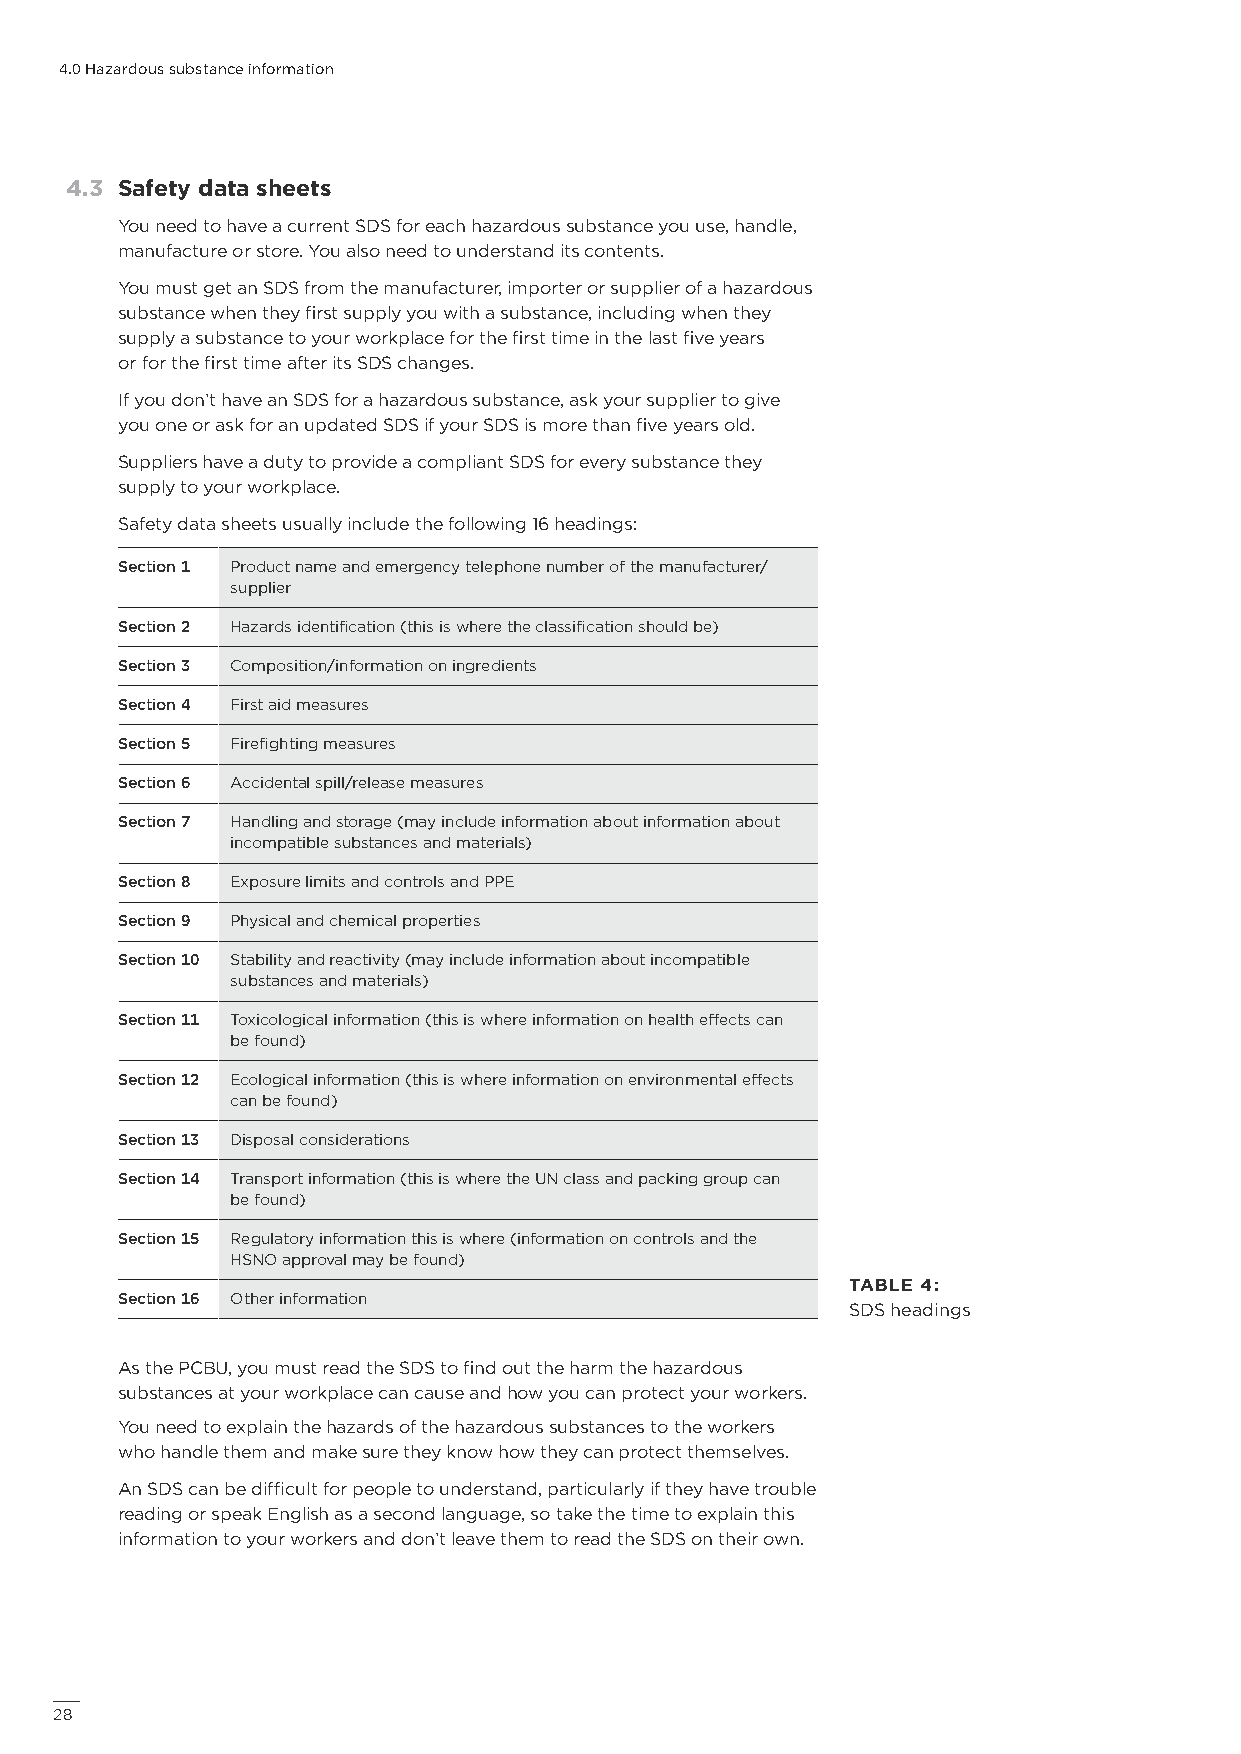
4.0 Hazardous substance information
 4.3 Safety data sheets
 You need to have a current SDS for each hazardous substance you use, handle,
 manufacture or store. You also need to understand its contents.
 You must get an SDS from the manufacturer, importer or supplier of a hazardous
 substance when they first supply you with a substance, including when they
 supply a substance to your workplace for the first time in the last five years
 or for the first time after its SDS changes.
 If you don’t have an SDS for a hazardous substance, ask your supplier to give
 you one or ask for an updated SDS if your SDS is more than five years old.
 Suppliers have a duty to provide a compliant SDS for every substance they
 supply to your workplace.
 Safety data sheets usually include the following 16 headings:
 Section 1 Product name and emergency telephone number of the manufacturer/
 supplier
 Section 2 Hazards identification (this is where the classification should be)
 Section 3 Composition/information on ingredients
 Section 4 First aid measures
 Section 5 Firefighting measures
 Section 6 Accidental spill/release measures
 Section 7 Handling and storage (may include information about information about
 incompatible substances and materials)
 Section 8 Exposure limits and controls and PPE
 Section 9 Physical and chemical properties
 Section 10 Stability and reactivity (may include information about incompatible
 substances and materials)
 Section 11 Toxicological information (this is where information on health effects can
 be found)
 Section 12 Ecological information (this is where information on environmental effects
 can be found)
 Section 13 Disposal considerations
 Section 14 Transport information (this is where the UN class and packing group can
 be found)
 Section 15 Regulatory information this is where (information on controls and the
 HSNO approval may be found)
 TABLE 4:
 Section 16 Other information
 SDS headings
 As the PCBU, you must read the SDS to find out the harm the hazardous
 substances at your workplace can cause and how you can protect your workers.
 You need to explain the hazards of the hazardous substances to the workers
 who handle them and make sure they know how they can protect themselves.
 An SDS can be difficult for people to understand, particularly if they have trouble
 reading or speak English as a second language, so take the time to explain this
 information to your workers and don’t leave them to read the SDS on their own.
 28